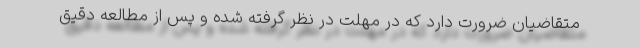
متقاضیان ضرورت دارد که در مهلت در نظر گرفته شده و پس از مطالعه دقیق